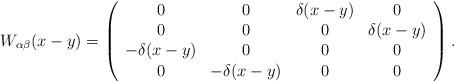
LaTeX: \begin{align*}W_{\alpha \beta}(x-y)=\left(\begin{array}{cccc}0 & 0 & \delta (x-y) & 0 \\0 & 0 & 0 & \delta (x-y) \\-\delta (x-y) & 0 & 0 & 0 \\0 & -\delta (x-y) & 0 & 0\end{array}\right). \end{align*}